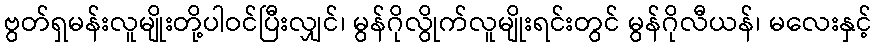
ဗွတ်ရှမန်းလူမျိုးတို့ပါဝင်ပြီးလျှင်၊ မွန်ဂိုလွိုက်လူမျိုးရင်းတွင် မွန်ဂိုလီယန်၊ မလေးနှင့်